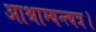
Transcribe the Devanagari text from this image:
आश्राम्यन्त्यत्र।